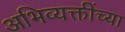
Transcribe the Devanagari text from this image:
अभिव्यक्तींच्या